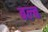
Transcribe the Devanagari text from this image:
बल्‍ब